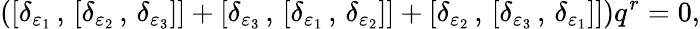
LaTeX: \left([\delta_{\varepsilon_{1}}\, ,\, [\delta_{\varepsilon_{2}}\, ,\, \delta_{\varepsilon_{3}}]]+[\delta_{\varepsilon_{3}}\, ,\, [\delta_{\varepsilon_{1}}\, ,\, \delta_{\varepsilon_{2}}]]+[\delta_{\varepsilon_{2}}\, ,\, [\delta_{\varepsilon_{3}}\, ,\, \delta_{\varepsilon_{1}}]]\right)q^{r}=0,